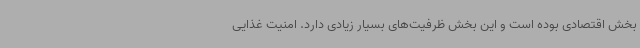
بخش اقتصادی بوده است و این بخش ظرفیت‌های بسیار زیادی دارد. امنیت غذایی